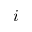
i